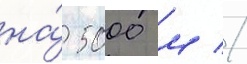
на́ 5000 м //